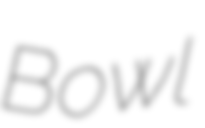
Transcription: Bowl